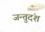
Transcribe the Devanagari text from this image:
जन्तुदंश